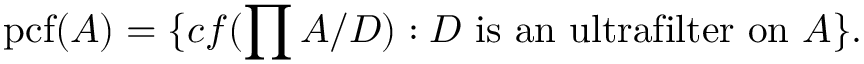
\mathrm { { p c f } } ( A ) = \{ c f ( \prod A / D ) : D \, \, { \mathrm { i s ~ a n ~ u l t r a f i l t e r ~ o n } } \, \, A \} .